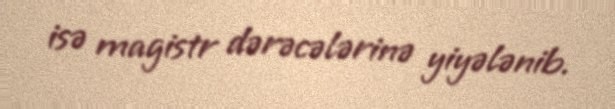
isə magistr dərəcələrinə yiyələnib.